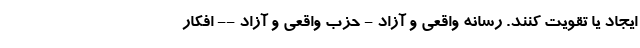
ایجاد یا تقویت کنند. رسانه واقعی و آزاد - حزب واقعی و آزاد -- افکار